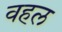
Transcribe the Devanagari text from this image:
वहल